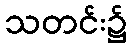
သတင်း၌